Medical and sanitary report of the native army of Bengal for the year
Year: 1876
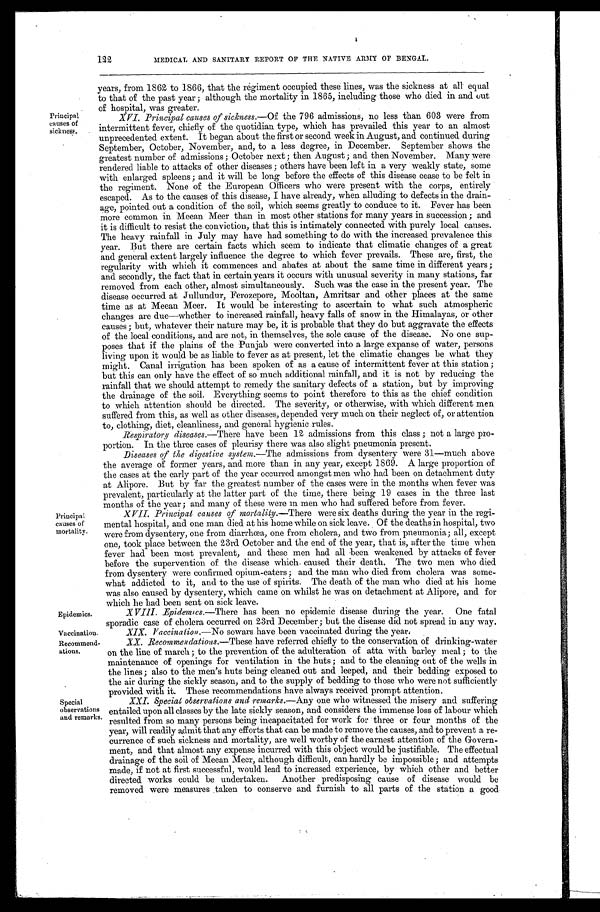
Epidemics.
Vaccination,
Recommend-
ations,
Principal
causes of
sickness.
Principal
causes of
mortality.
122
MEDICAL AND SANITARY REPORT OF THE NATIVE ARMY OF BENGAL.
years, from 1862 to 1866, that the regiment occupied these lines, was the sickness at all equal
to that of the past year ; although the mortality in 1865, including those who died in and out
of hospital, was greater.
XVI. Principal causes of sickness.—Of the 796 admissions, no less than 603 were from
intermittent fever, chiefly of the quotidian type, which has prevailed this year to an almost
unprecedented extent. It began about the first or second week in August, and continued during
September, October, November, and, to a less degree, in December. September shows the
greatest number of admissions ; October next; then August ; and then November. Many were
rendered liable to attacks of other diseases ; others have been left in a very weakly state, some
with enlarged spleens ; and it will be long before the effects of this disease cease to be felt in
the regiment. None of the European Officers who were present with the corps, entirely. -
escaped. As to the causes of this disease, I have already, when alluding to defects in the drain-
age, pointed out a condition of the soil, which seems greatly to conduce to it. Fever has been
more common in Meean Meer than in most other stations for many years in succession; and
it is difficult to resist the. conviction, that this is intimately connected with purely local causes.
The heavy rainfall in July may have had something to do with the increased prevalence this
year. But there are certain facts which seem to indicate that climatic changes of a great
and general extent largely influence the degree to which fever prevails. These are, first, the
regularity with which it commences and abates at about the same time in different years ;
and secondly, the fact that in certain years it occurs with unusual severity in many stations, far
removed from each other, almost simultaneously. Such was the case in the present year. The
disease occurred at Jullundur, Ferozepore, Mooltan, Amritsar and other places at the same
time as at Meean Meer. It would be interesting to ascertain to what such atmospheric
changes are due—whether to increased rainfall, heavy falls of snow in the Himalayas, or other
causes ; but, whatever their nature may be, it is probable that they do but aggravate the effects
of the local conditions, and are not, in themselves, the sole cause of the disease. No one sup-
poses that if the plains of the Punjab were converted into a large expanse of water, persons
living upon it would be as liable to fever as at present, let the climatic changes be what they
might. Canal irrigation has been spoken of as a cause of intermittent fever at this station;
but this can only have the effect of so much additional rainfall, and it is not by reducing the
rainfall that we should attempt to remedy the sanitary defects of a station, but by improving
the drainage of the soil. Everything seems to point therefore to this as the chief condition
to which attention should be directed. The severity, or otherwise, with which different men
suffered from this, as well as other diseases, depended very much on their neglect of, or attention
to, clothing, diet, cleanliness, and general hygienic rules.
Respiratory diseases.—There have been 12 admissions from this class ; not a large pro-
portion. In the three cases of pleurisy there was also slight pneumonia present.
Diseases of the digestive system.—The admissions from dysentery were 31—much above
the average of former years, and more than in any year, except 1869. A large proportion of
the cases at the early part of the year occurred amongst men who had been on detachment duty
at Alipore. But by far the greatest number of the cases were in the months when fever was
prevalent, particularly at the latter part of the time, there being 19 cases in the three last
months of the year : and man y of these were in men who had suffered before from fever.
XVII. Principal causes of mortality.—There were six deaths during the year in the regi-
mental hospital, and one man died at his home while on sick leave. Of the deaths in hospital, two
were from dysentery, one from diarrhœa, one from cholera, and two from pneumonia; all, except
one, took place between the 23rd October and the end of the year, that is, after the time when
fever had been most prevalent, and these men had all been weakened by attacks of fever
before the supervention of the disease which, caused their death. The two men who died
from dysentery were confirmed opium-eaters ; and the man who died from cholera was some-
what addicted to it, and to the use of spirits. The death of the man who died at his home
was also caused by dysentery, which came on whilst he was on detachment at Alipore, and for
which he had been sent on sick leave.
Special
observations
and remarks.
X VIII. .Epidemics.—There has been no epidemic disease during the year. One fatal
sporadic case of cholera occurred on 23rd December ; but the disease did not spread in any way.
XIX. Vaccination.—No sowars have been vaccinated during the years
AA. Recommendations.—These h ave referred chiefly to the conservation of drinking-water
on the line of march ; to the prevention of the adulteration of atta with barley meal ; to the
maintenance of openings for ventilation in the huts; and to the cleaning out of the wells in
the lines ; also to the men's huts being cleaned out and leeped, and their bedding exposed to
the air during the sickly season, and to the supply of bedding to those who were not sufficiently
provided with it. These recommendations have always received prompt attention.
Special observations and remarks.—Any one who witnessed the misery and suffering
entailed upon all classes by the late sickly season, and considers the immense loss of labour which
resulted from so many persons being incapacitated for work for three or four months of the
year, will readily admit that any efforts that can be made to remove the causes, and to prevent a re-
currence of such sickness and mortality, are well worthy of the earnest attention of the Govern-
ment, and that almost any expense incurred with this object would be justifiable. The effectual
drainage of the soil of Meean Meer, although difficult, can hardly be impossible ; and attempts
made, if not at first successful, would lead to increased experience, by which other and better
directed works could be undertaken. Another predisposing cause of disease would be
removed were measures taken to conserve and furnish to all parts of the station a good